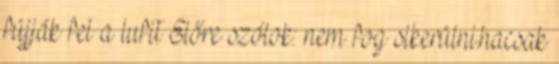
fújják fel a lufit Előre szólok: nem fog sikerülni.hacsak